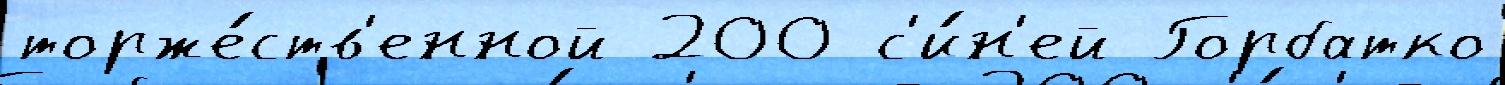
торже́ств'енной 200 с'и́н'ей Горбатко